Indian Civil Veterinary Department memoirs
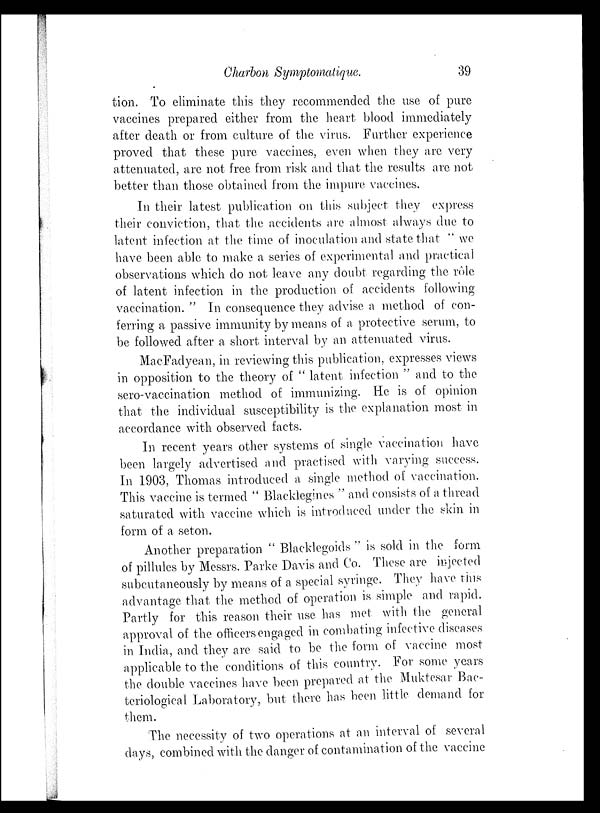
Charbon Symptomatique.
39
tion. To eliminate this they recommended the use of pure
vaccines prepared either from the heart blood immediately
after death or from culture of the virus. Further experience
proved that these pure vaccines, even when they are very
attenuated, are not free from risk and that the results are not
better than those obtained from the impure vaccines.
In their latest publication on this subject they express
their conviction, that the accidents are almost always due to
latent infection at the time of inoculation and state that " we
have been able to make a series of experimental and practical
observations which do not leave any doubt regarding the rôle
of latent infection in the production of accidents following
vaccination. " In consequence they advise a method of con-
ferring a passive immunity by means of a protective serum, to
be followed after a short interval by an attenuated virus.
MacFadyean, in reviewing this publication, expresses views
in opposition to the theory of " latent infection " and to the
sero-vaccination method of immunizing. He is of opinion
that the individual susceptibility is the explanation most in
accordance with observed facts.
In recent years other systems of single vaccination have
been largely advertised and practised with varying success.
In 1903, Thomas introduced a single method of vaccination.
This vaccine is termed " Blacklegines " and consists of a thread
saturated with vaccine which is introduced under the skin in
form of a seton.
Another preparation " Blacklegoids " is sold in the form
of pillules by Messrs. Parke Davis and Co. These are injected
subcutaneously by means of a special syringe. They have this
advantage that the method of operation is simple and rapid.
Partly for this reason their use has met with the general
approval of the officers engaged in combating infective diseases
in India, and they are said to be the form of vaccine most
applicable to the conditions of this country. For some years
the double vaccines have been prepared at the Muktesar Bac-
teriological Laboratory, but there has been little demand for
them.
The necessity of two operations at an interval of several
days, combined with the danger of contamination of the vaccine